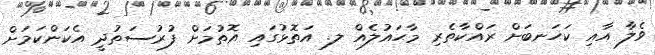
ވެލާ އާއި ކަހަނބަށް ރައްކާތެރި މާޙައުލެއް ލ. އަތޮޅުގައި އޮތުމަށް ފުރުސަތުދީ އެކަންކަމަށް